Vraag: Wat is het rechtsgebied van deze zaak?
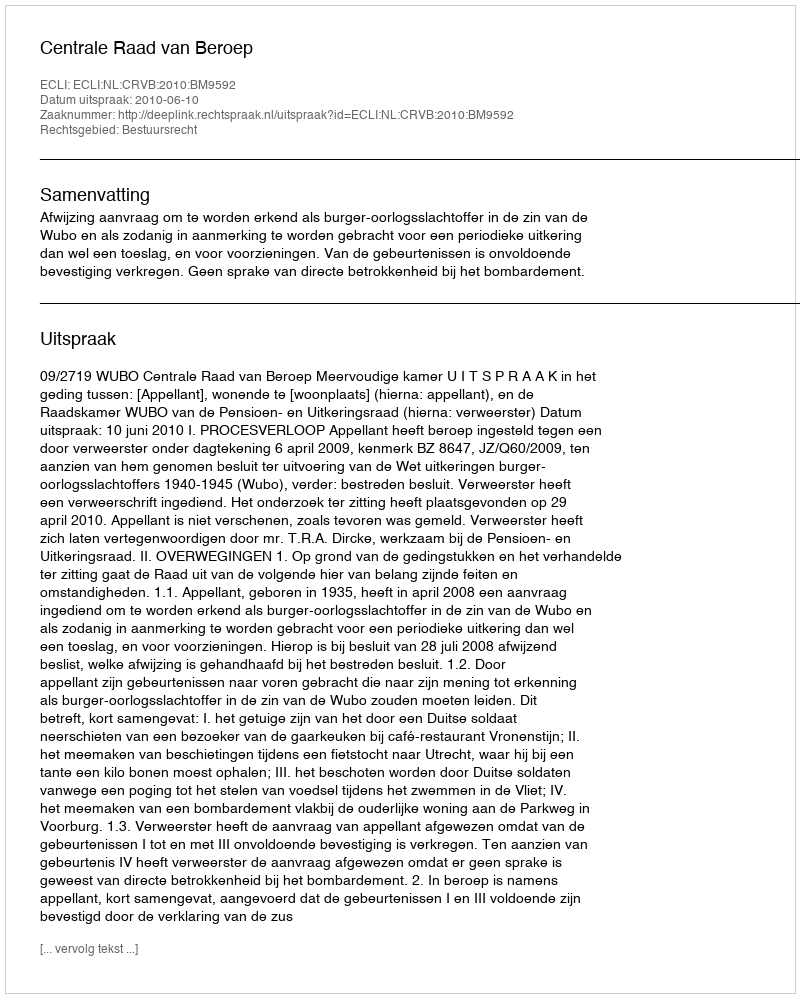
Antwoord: Bestuursrecht